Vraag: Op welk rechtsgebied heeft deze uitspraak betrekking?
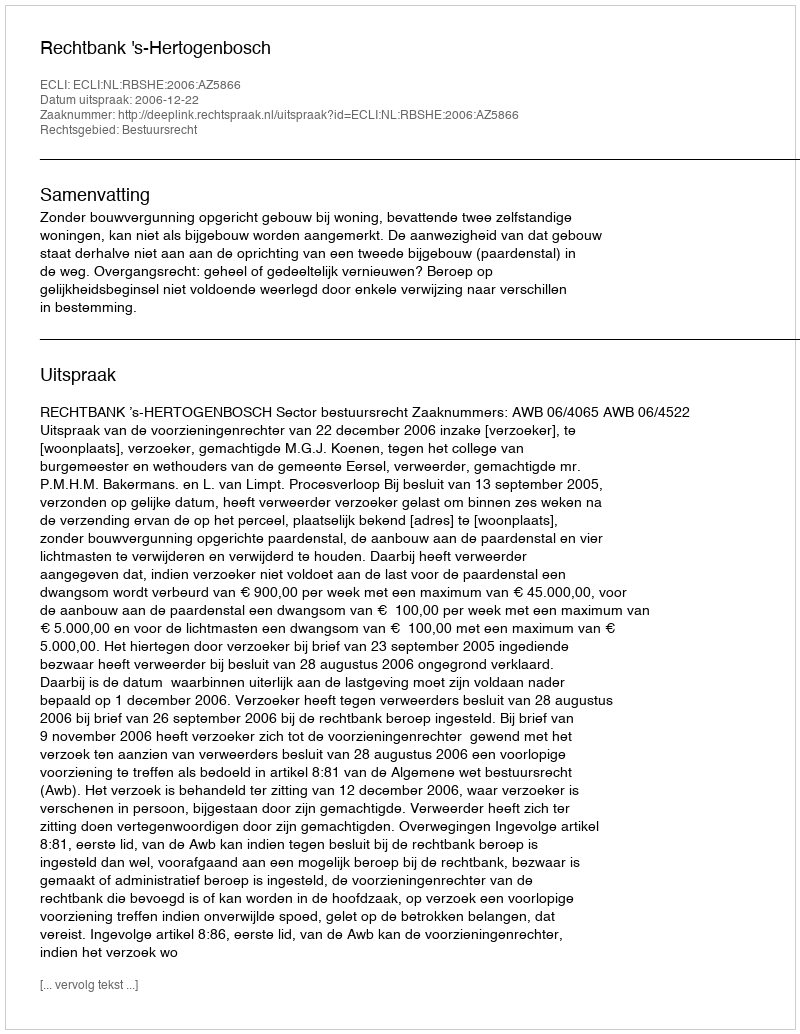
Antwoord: Bestuursrecht